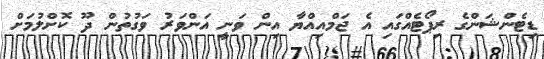
ޑިޓެންޝަންގެ ރިޕޯޓެއްގައި އެ ޖަމްއިއްޔާ އިން ވަނީ އަންވަރު ވަގުތުން ދޫ ކޮށްލުމަށް